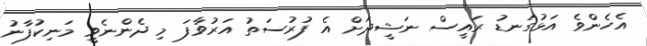
އެހެންވެ އަޅުގަނޑު ރައީސް ނަޝީދަށް އެ ފުރުސަތު އަރުވާފަ މި ދެންނެވީ މަނިކުފާނު